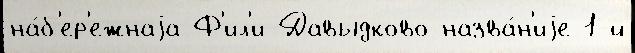
на́б'ер'ежнаjа Ф'ил'и-Давыдково назва́н'иjе 1-й